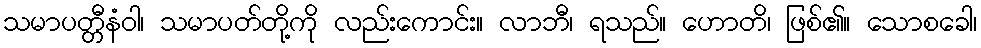
သမာပတ္တီနံဝါ၊ သမာပတ်တို့ကို လည်းကောင်း။ လာဘီ၊ ရသည်။ ဟောတိ၊ ဖြစ်၏။ သောစခေါ၊